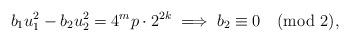
LaTeX: \begin{align*} b_{1}u_{1}^{2} - b_{2}u_{2}^{2} = 4^{m}p\cdot 2^{2k} \implies b_{2} \equiv 0 \pmod 2,\end{align*}